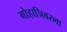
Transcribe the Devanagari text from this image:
गोहाञिबरुवा